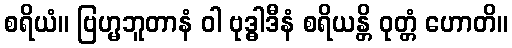
စရိယံ။ ဗြဟ္မဘူတာနံ ဝါ ဗုဒ္ဓါဒီနံ စရိယန္တိ ဝုတ္တံ ဟောတိ။